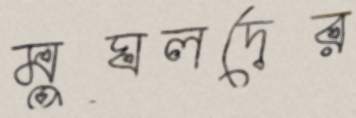
মুঘলদের